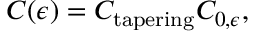
C ( \epsilon ) = C _ { \mathrm { t a p e r i n g } } C _ { 0 , \epsilon } ,